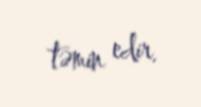
təmin edir.